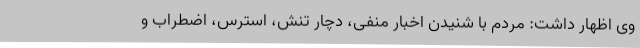
وی اظهار داشت: مردم با شنیدن اخبار منفی، دچار تنش، استرس، اضطراب و